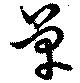
草